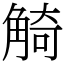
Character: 觭